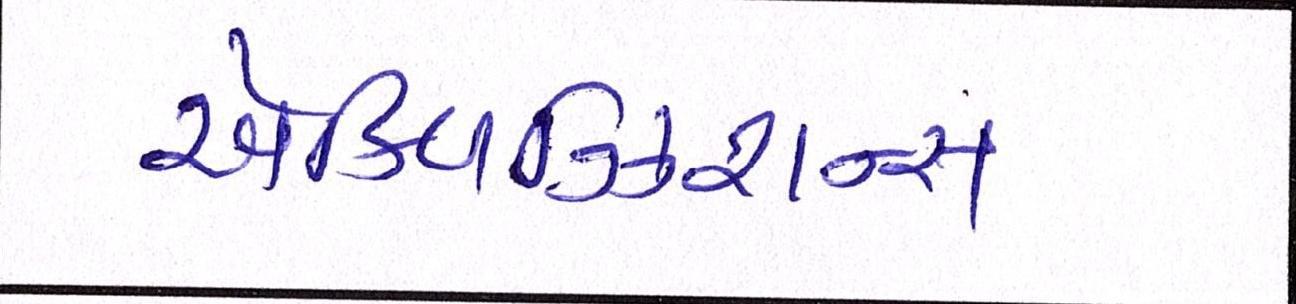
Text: એક્વિઝિશન્સ